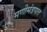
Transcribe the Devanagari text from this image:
मणीमंडपात